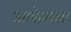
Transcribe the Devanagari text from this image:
आदेशना